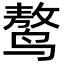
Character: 𪉑